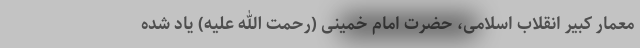
معمار کبیر انقلاب اسلامی، حضرت امام خمینی (رحمت الله علیه) یاد شده